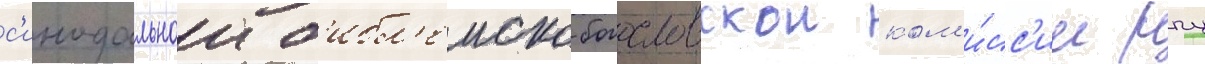
с'инодальнои б'ибл'еиско-богословскои ком'и́сс'ии рпц